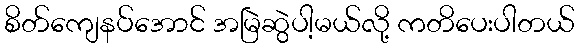
စိတ်ကျေနပ်အောင် အမြဲဆွဲပါ့မယ်လို့ ကတိပေးပါတယ်